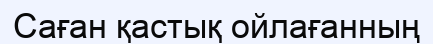
Саған қастық ойлағанның